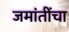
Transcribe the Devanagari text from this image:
जमांतींचा